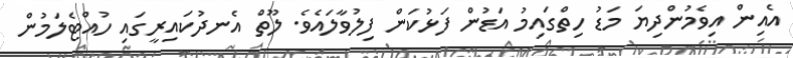
އެއިން އިވެމުންދިޔަ މަޑު ހިތްގައިމު އަޑުން ފަޅުކަން ފިލުވާލައެވެ. ލޫތް އެނދުކައިރީގައި ހުއްޓެލަމުން